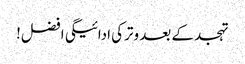
تہجد کے بعد وترکی ادائیگی افضل!